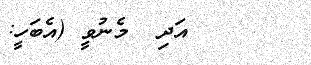
٣٦      އަދި  މެނުވީ (އެބަހީ: